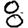
Digit: 8